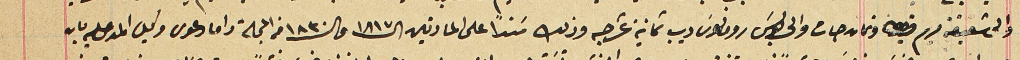
والى شقيقته مريم قيراط وتمان حبات والى بولسَ رومانوس ديب ثمانية عشر حبه وذلك سَنداً على المادتين ال ١٨١٧ و ال ١٨٣٠ من المجلة واما دعوى وكيل المدعى عليه بان